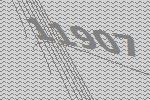
11907